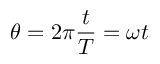
\theta = 2 \pi { \frac { t } { T } } = \omega t